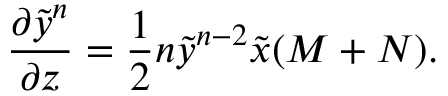
{ \frac { \partial \tilde { y } ^ { n } } { \partial z } } = { \frac { 1 } { 2 } } n \tilde { y } ^ { n - 2 } \tilde { x } ( M + N ) .